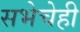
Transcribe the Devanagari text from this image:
सभेचेही